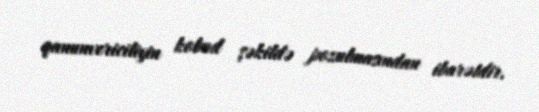
qanunvericiliyin kobud şəkildə pozulmasından ibarətdir.